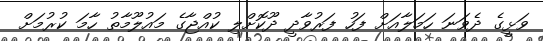
ވަޅީގެ ދެވަނަ ހަމަލާއަށް ފަހު ފަރުވާދީ ދޫކޮށްލި ކުއްޖާގެ މައުލޫމާތު ހާމަ ކުރުމަށް